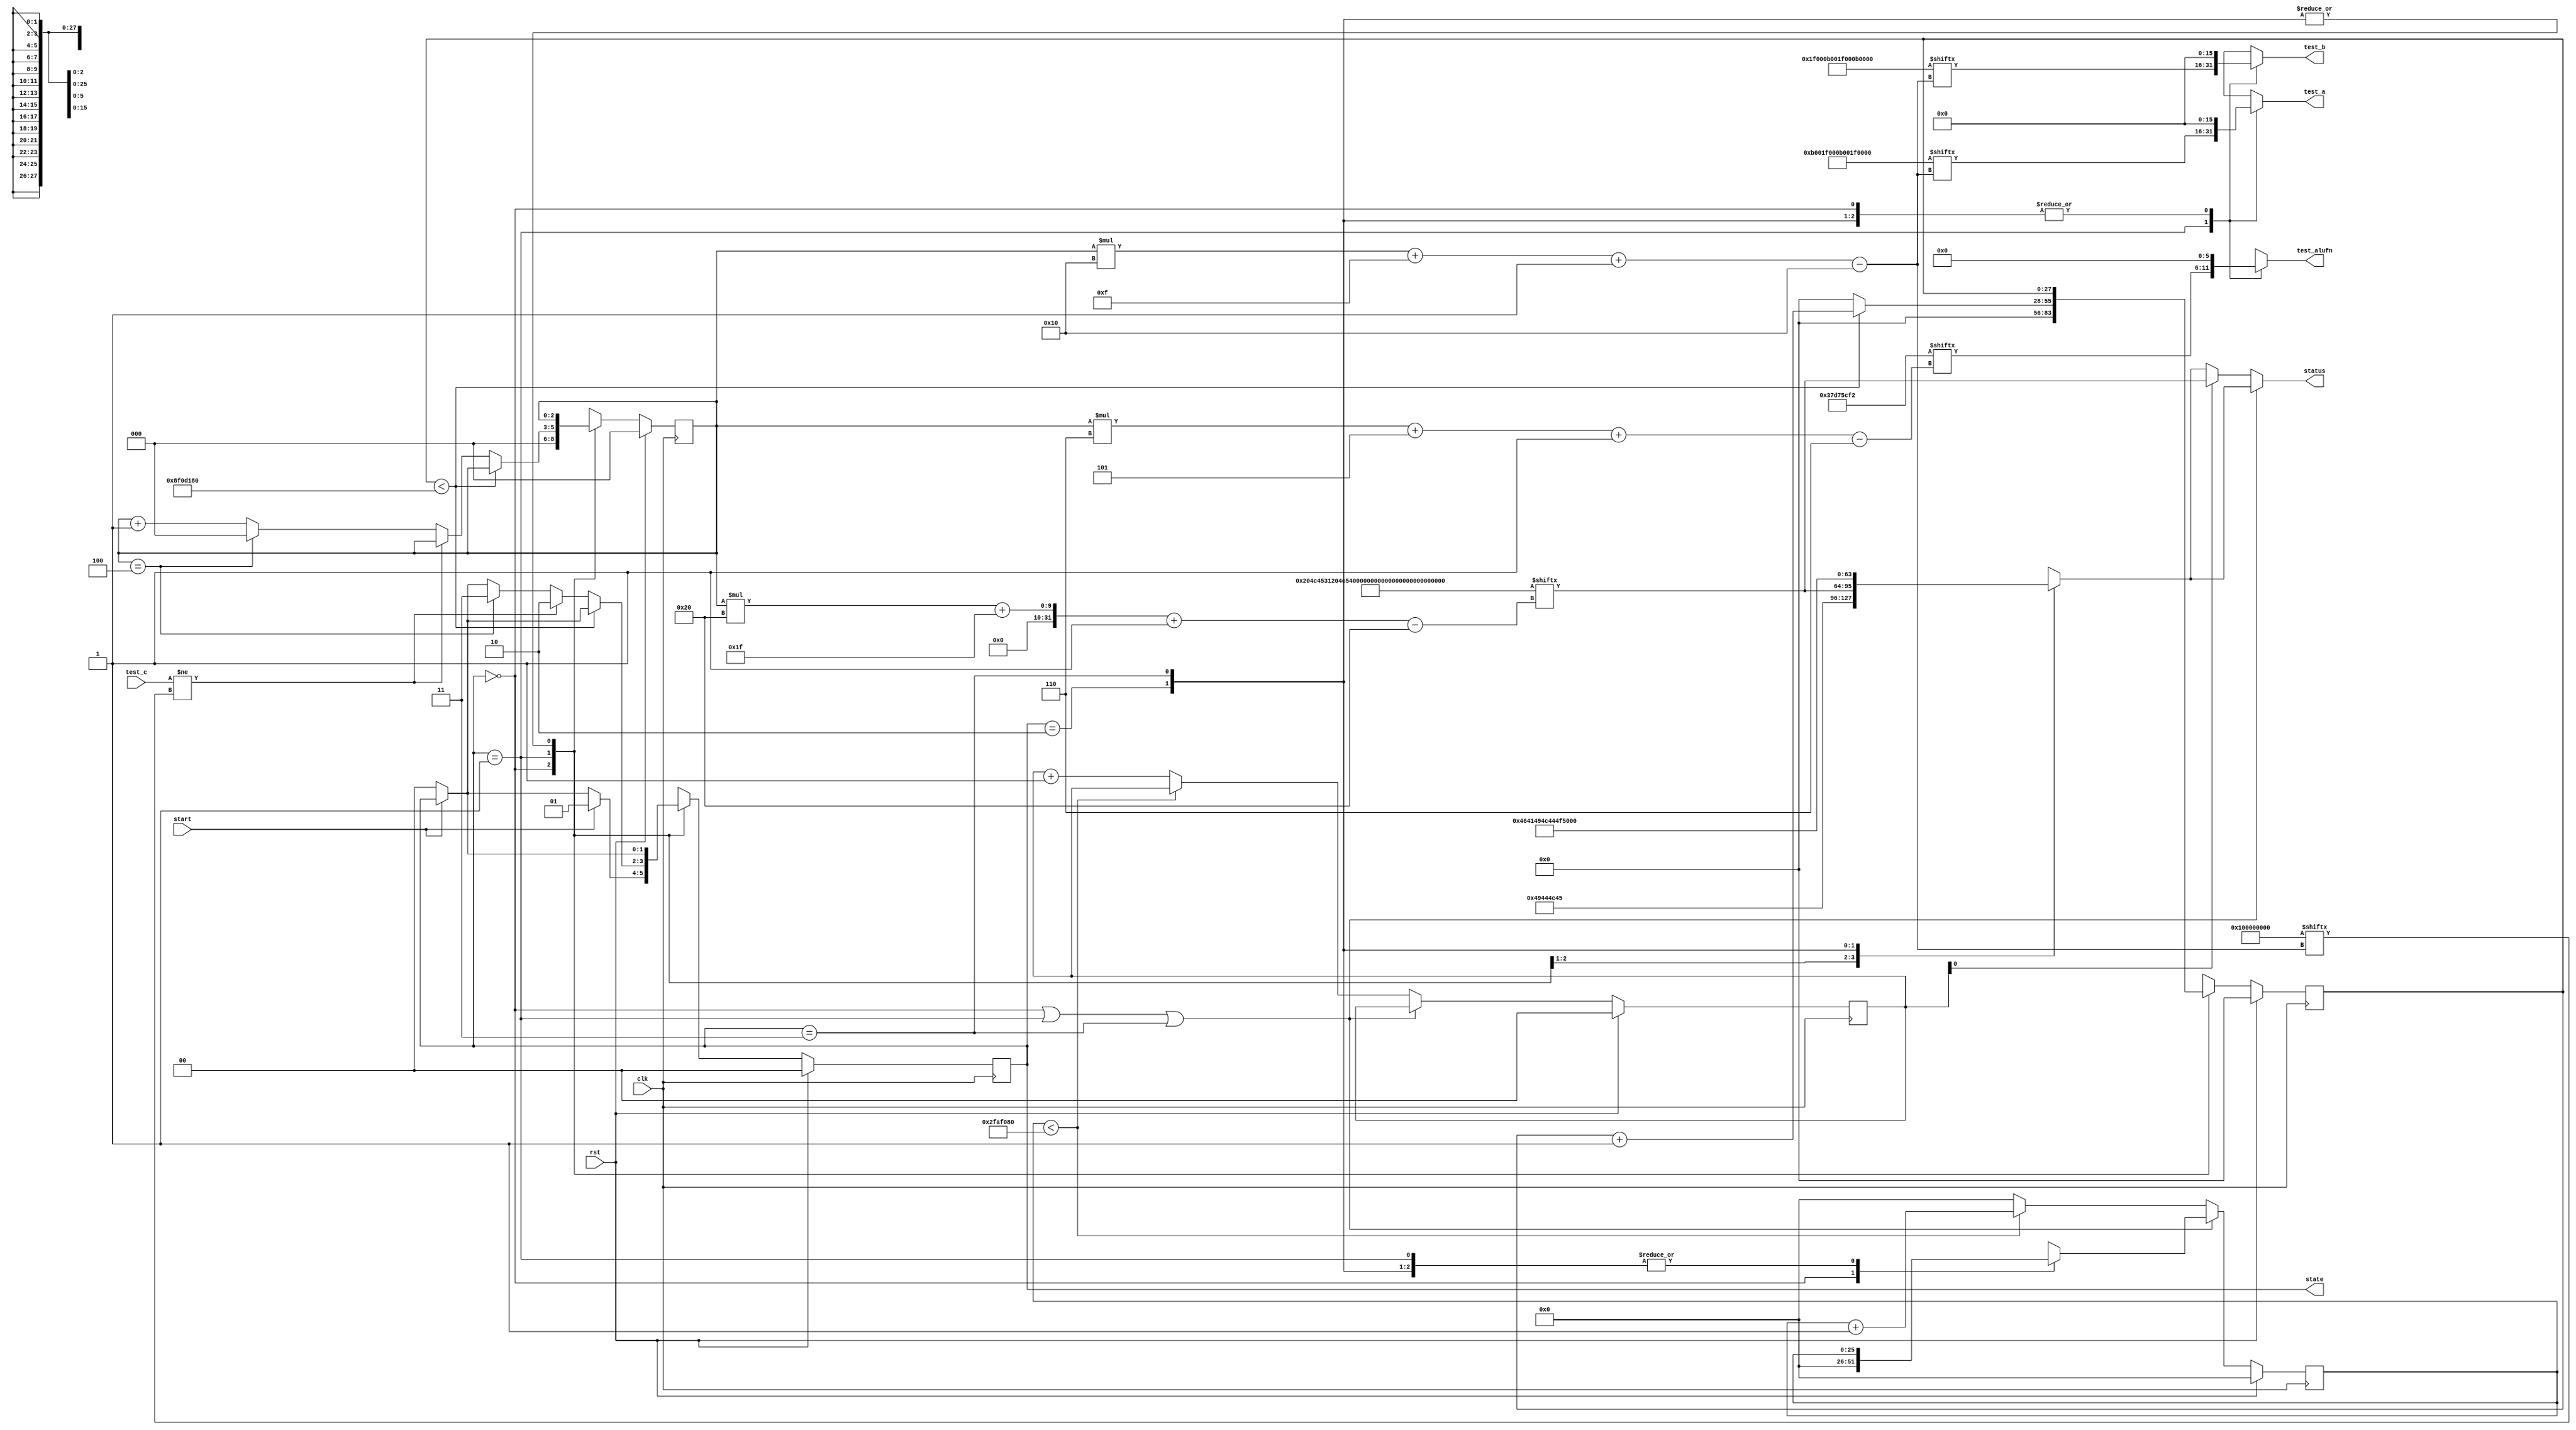
/*
   This file was generated automatically by the Mojo IDE version B1.3.6.
   Do not edit this file directly. Instead edit the original Lucid source.
   This is a temporary file and any changes made to it will be destroyed.
*/

/*
   Parameters:
     NUM_TEST_CASES = 5
     TEST_NAME = TestCasesROM.COMPARE_FAIL_NAME
     TEST_A = TestCasesROM.COMPARE_FAIL_A
     TEST_B = TestCasesROM.COMPARE_FAIL_B
     TEST_ALUFN = TestCasesROM.COMPARE_FAIL_ALUFN
     TEST_C = TestCasesROM.COMPARE_FAIL_C
     BYPASS_FAIL = 0
     NUM_TEST_SECS = 3
     NUM_FAIL_SECS = 1
     NUM_FAIL_BLINKS = 2
*/
module basic_tester_12 (
    input clk,
    input rst,
    input start,
    input [15:0] test_c,
    output reg [15:0] test_a,
    output reg [15:0] test_b,
    output reg [5:0] test_alufn,
    output reg [1:0] state,
    output reg [31:0] status
  );
  
  localparam NUM_TEST_CASES = 3'h5;
  localparam TEST_NAME = 160'h204c4531204c5432204c54312045513220455131;
  localparam TEST_A = 80'h000b001f000b001f000b;
  localparam TEST_B = 80'h001f000b001f000b001f;
  localparam TEST_ALUFN = 30'h37d75cf2;
  localparam TEST_C = 80'h00000000000100000000;
  localparam BYPASS_FAIL = 1'h0;
  localparam NUM_TEST_SECS = 2'h3;
  localparam NUM_FAIL_SECS = 1'h1;
  localparam NUM_FAIL_BLINKS = 2'h2;
  
  
  localparam NUM_TEST_TIMER_CYCLES = 28'h8f0d180;
  
  localparam NUM_FAIL_TIMER_CYCLES = 26'h2faf080;
  
  reg [31:0] next_status;
  
  reg [27:0] M_display_test_timer_d, M_display_test_timer_q = 1'h0;
  reg [25:0] M_display_fail_timer_d, M_display_fail_timer_q = 1'h0;
  reg [1:0] M_fail_blink_ctr_d, M_fail_blink_ctr_q = 1'h0;
  reg [2:0] M_tester_ctr_d, M_tester_ctr_q = 1'h0;
  localparam IDLE_tester_state = 2'd0;
  localparam TEST_tester_state = 2'd1;
  localparam FAIL_tester_state = 2'd2;
  localparam DONE_tester_state = 2'd3;
  
  reg [1:0] M_tester_state_d, M_tester_state_q = IDLE_tester_state;
  
  always @* begin
    M_tester_state_d = M_tester_state_q;
    M_display_fail_timer_d = M_display_fail_timer_q;
    M_display_test_timer_d = M_display_test_timer_q;
    M_fail_blink_ctr_d = M_fail_blink_ctr_q;
    M_tester_ctr_d = M_tester_ctr_q;
    
    status = 32'h00000000;
    test_a = 1'h0;
    test_b = 1'h0;
    test_alufn = 1'h0;
    if (!start) begin
      M_tester_state_d = IDLE_tester_state;
    end
    state = M_tester_state_q;
    next_status = 32'h4e554c4c;
    
    case (M_tester_state_q)
      IDLE_tester_state: begin
        M_display_test_timer_d = 1'h0;
        M_display_fail_timer_d = 1'h0;
        M_tester_ctr_d = 1'h0;
        next_status = 32'h49444c45;
        if (start) begin
          M_tester_state_d = TEST_tester_state;
        end
      end
      TEST_tester_state: begin
        next_status = TEST_NAME[(M_tester_ctr_q)*32+31-:32];
        test_a = TEST_A[(M_tester_ctr_q)*16+15-:16];
        test_b = TEST_B[(M_tester_ctr_q)*16+15-:16];
        test_alufn = TEST_ALUFN[(M_tester_ctr_q)*6+5-:6];
        if (M_display_test_timer_q < 28'h8f0d180) begin
          M_display_test_timer_d = M_display_test_timer_q + 1'h1;
        end else begin
          M_display_test_timer_d = 1'h0;
          if (test_c != TEST_C[(M_tester_ctr_q)*16+15-:16]) begin
            M_tester_state_d = FAIL_tester_state;
          end else begin
            if (M_tester_ctr_q == 4'h4) begin
              M_tester_state_d = DONE_tester_state;
              M_tester_ctr_d = 1'h0;
            end else begin
              M_tester_ctr_d = M_tester_ctr_q + 1'h1;
            end
          end
        end
      end
      FAIL_tester_state: begin
        next_status = 32'h4641494c;
      end
      DONE_tester_state: begin
        next_status = 32'h444f4e45;
      end
    endcase
    if (M_tester_state_q == IDLE_tester_state | M_tester_state_q == TEST_tester_state | M_tester_state_q == DONE_tester_state) begin
      status = next_status;
    end else begin
      if (~M_fail_blink_ctr_q[0+0-:1]) begin
        status = next_status;
      end else begin
        status = TEST_NAME[(M_tester_ctr_q)*32+31-:32];
      end
      if (M_display_fail_timer_q < 26'h2faf080) begin
        M_display_fail_timer_d = M_display_fail_timer_q + 1'h1;
      end else begin
        M_display_fail_timer_d = 1'h0;
        if (1'h1) begin
          M_fail_blink_ctr_d = M_fail_blink_ctr_q + 1'h1;
        end else begin
          if (M_fail_blink_ctr_q < 5'h03) begin
            M_fail_blink_ctr_d = M_fail_blink_ctr_q + 1'h1;
          end else begin
            M_fail_blink_ctr_d = 1'h0;
            if (M_tester_ctr_q < 4'h4) begin
              M_tester_state_d = TEST_tester_state;
              M_tester_ctr_d = M_tester_ctr_q + 1'h1;
            end else begin
              M_tester_state_d = DONE_tester_state;
              M_tester_ctr_d = 1'h0;
            end
          end
        end
      end
    end
  end
  
  always @(posedge clk) begin
    if (rst == 1'b1) begin
      M_display_test_timer_q <= 1'h0;
      M_display_fail_timer_q <= 1'h0;
      M_fail_blink_ctr_q <= 1'h0;
      M_tester_ctr_q <= 1'h0;
      M_tester_state_q <= 1'h0;
    end else begin
      M_display_test_timer_q <= M_display_test_timer_d;
      M_display_fail_timer_q <= M_display_fail_timer_d;
      M_fail_blink_ctr_q <= M_fail_blink_ctr_d;
      M_tester_ctr_q <= M_tester_ctr_d;
      M_tester_state_q <= M_tester_state_d;
    end
  end
  
endmodule